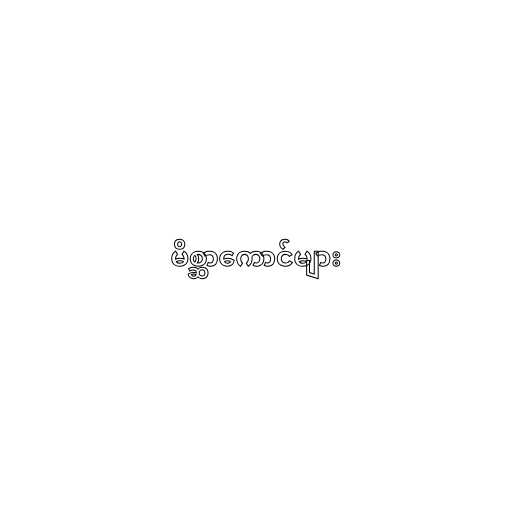
မိစ္ဆာကောင်များ